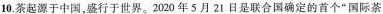
10.茶起源于中国，盛行于世界。2020年5月21日是联合国确定的首个”国际茶